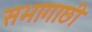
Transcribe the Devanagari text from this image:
सभागाछी